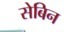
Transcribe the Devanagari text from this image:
सेबिन